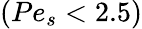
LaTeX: (Pe_{s}<2.5)